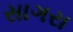
સાગરા